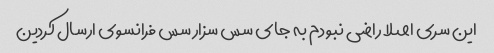
این سری اصلا راضی نبودم به جای سس سزار سس فرانسوی ارسال کردین